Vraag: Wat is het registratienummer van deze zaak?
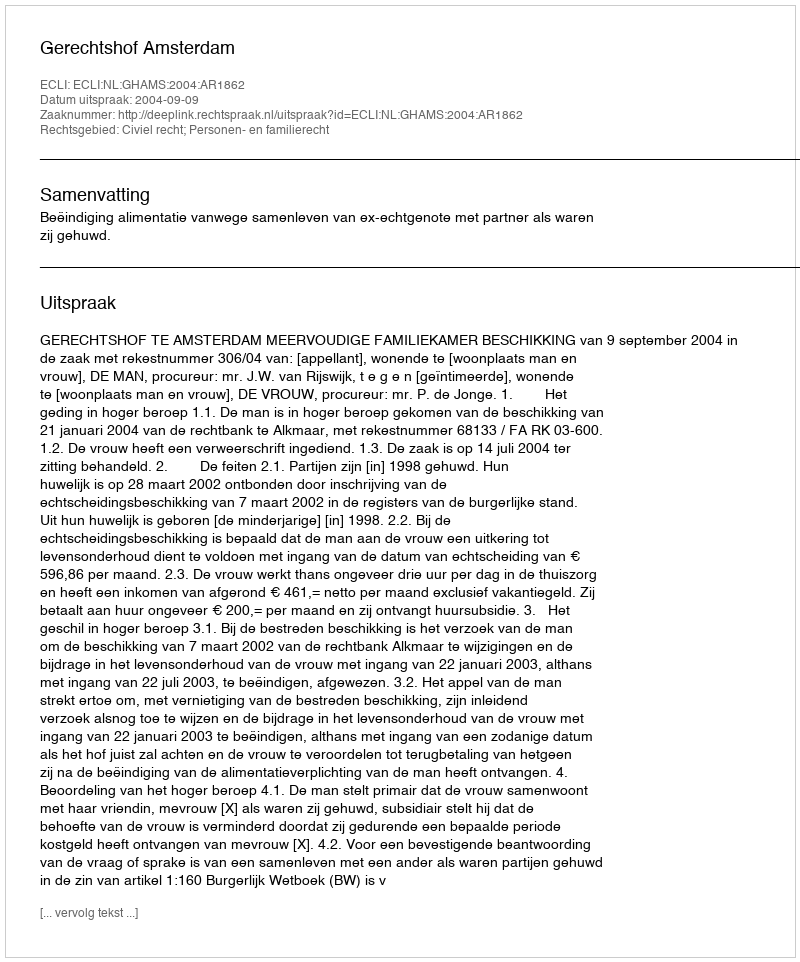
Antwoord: http://deeplink.rechtspraak.nl/uitspraak?id=ECLI:NL:GHAMS:2004:AR1862